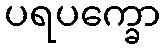
ပရပက္ခော